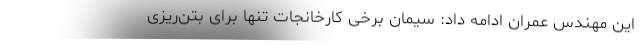
این مهندس عمران ادامه داد: سیمان برخی کارخانجات تنها برای بتن‌ریزی